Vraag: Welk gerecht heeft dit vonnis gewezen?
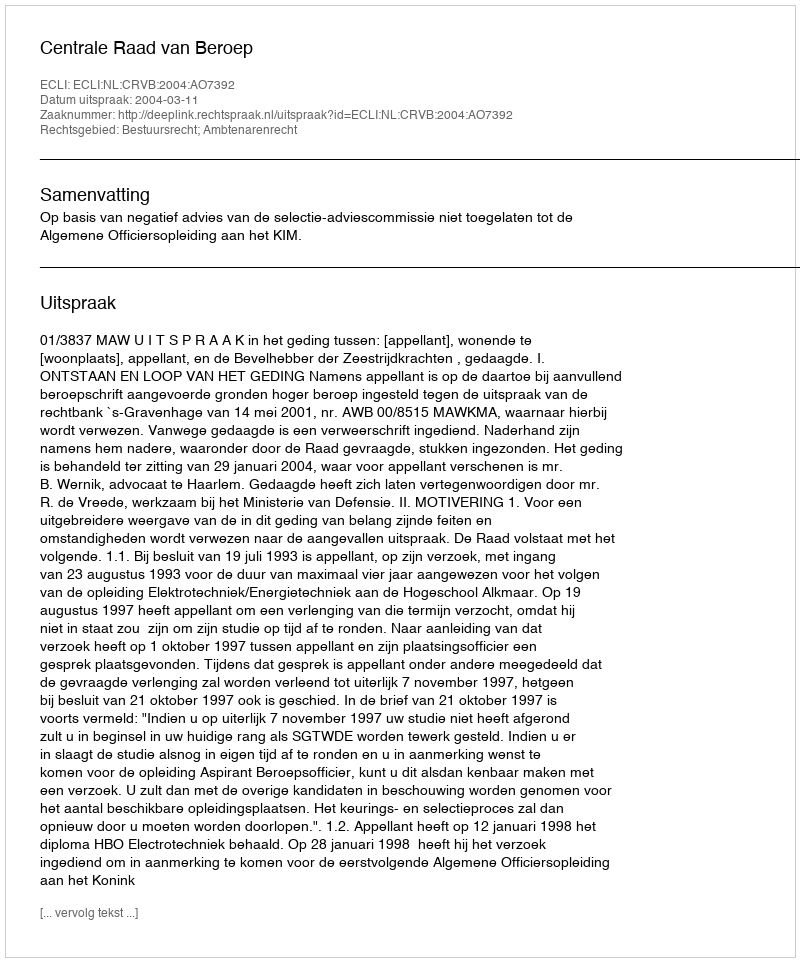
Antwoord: Centrale Raad van Beroep